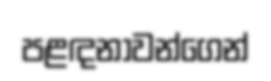
පළඳනාවන්ගෙන්